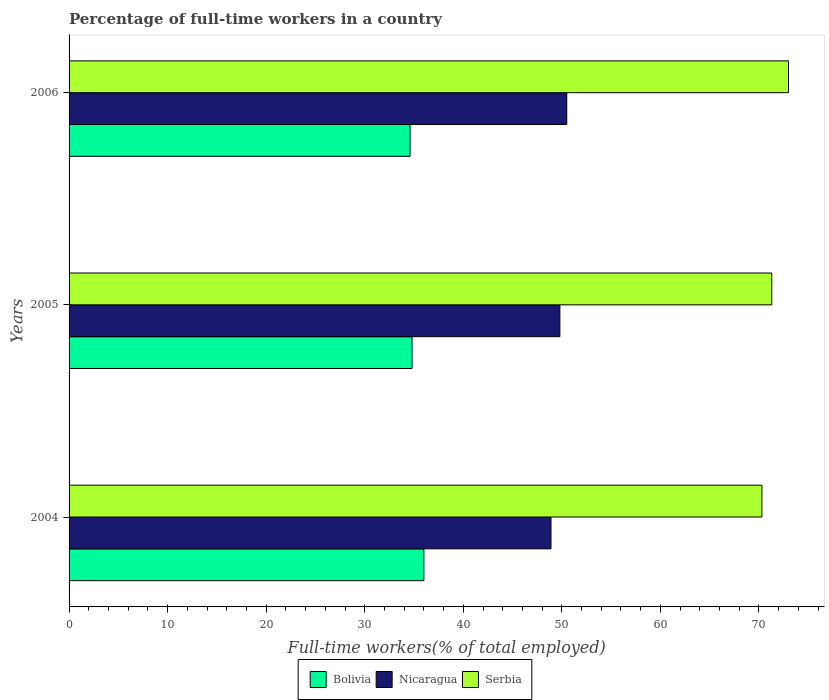
| Years | Bolivia | Nicaragua | Serbia |
 | --- | --- | --- | --- |
 | 2004 | 36 | 48.9 | 70.3 |
 | 2005 | 34.8 | 49.8 | 71.3 |
 | 2006 | 34.6 | 50.5 | 73 |